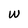
Character: W